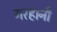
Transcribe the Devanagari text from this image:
गरहानी